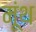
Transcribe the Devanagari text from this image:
मूंथ